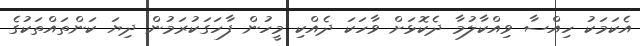
އެކަމަކު ހިއްސާ ވިއްކާލުމާ ދެކޮޅަށް ވާހަކަ ދެއްކި މީހުން ފާހަގަކުރަމުން ދިޔަ ކަންތައްތަކުގެ